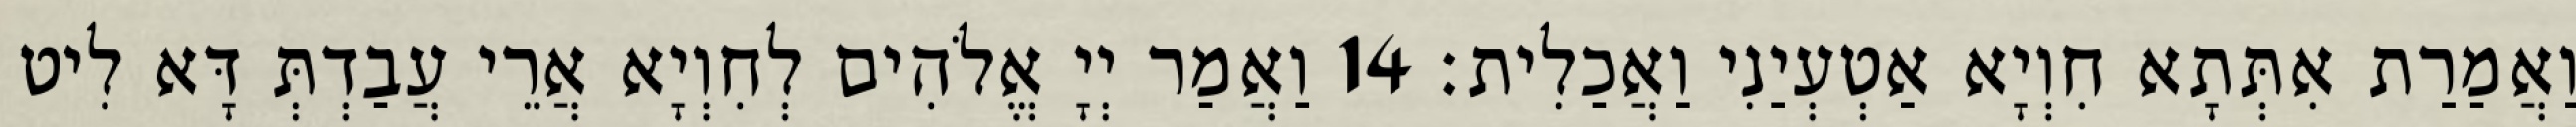
וַאֲמַרַת אִתְּתָא חִוְיָא אַטְעְיַנִי וַאֲכַלִית׃ 14 וַאֲמַר יְיָ אֱלֹהִים לְחִוְיָא אֲרֵי עֲבַדְתְּ דָּא לִיט